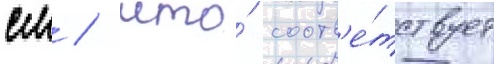
см / что́ соотв'е́тствует